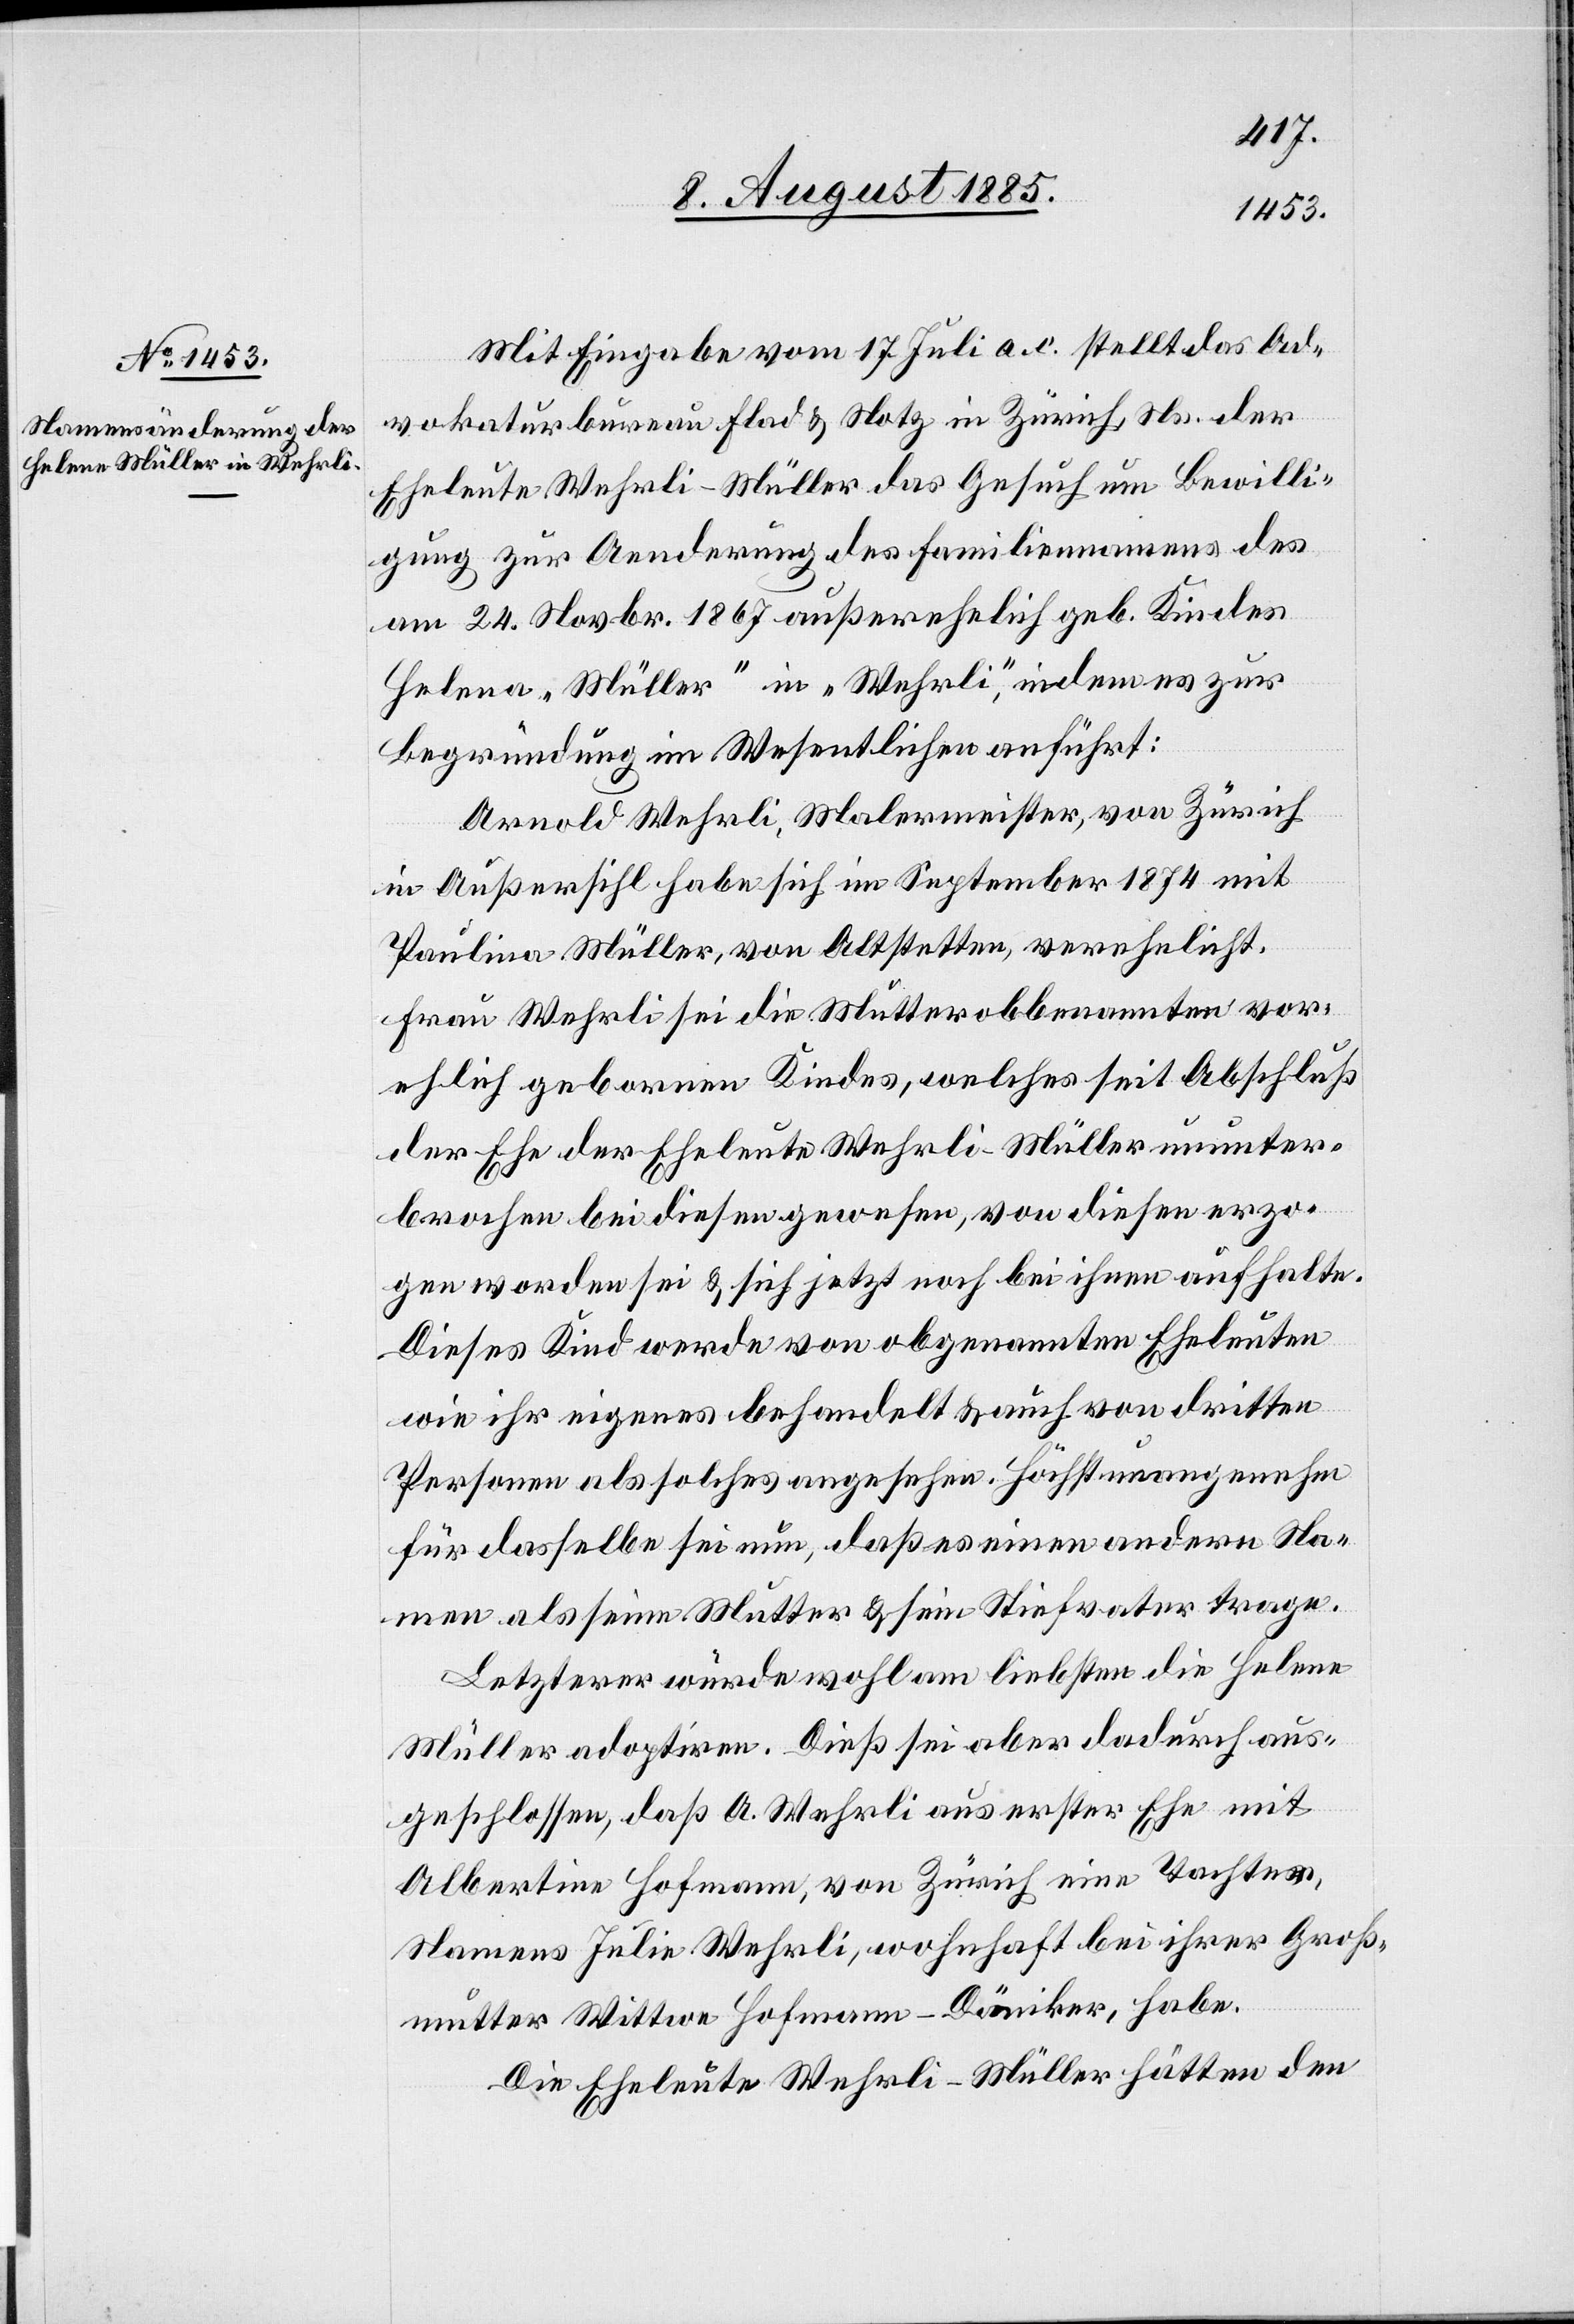
Mit Eingabe vom 17. Juli a. c. stellt das Ad¬
vokaturbureau Flad & Notz in Zürich, Ns. der
Eheleute Wehrli-Müller das Gesuch um Bewilli¬
gung zur Aenderung des Familiennamens des
am 24. Novbr. 1867 außerehelich geb. Kindes
Helena „Müller“ in „Wehrli“, indem es zur
Begründung im Wesentlichen anführt:
Arnold Wehrli, Malermeister, von Zürich
in Außersihl habe sich im September 1874 mit
Paulina Müller, von Altstetten, verehelicht.
Frau Wehrli sei die Mutter obbenannten vor¬
ehlich geborenen Kindes, welches seit Abschluß
der Ehe der Eheleute Wehrli-Müller ununter¬
brochen bei diesen gewesen, von diesen erzo¬
gen worden sei & sich jetzt noch bei ihnen aufhalte.
Dieses Kind werde von obgenannten Eheleuten
wie ihr eigenes behandelt & auch von dritten
Personen als solches angesehen. Höchst unangenehm
für dasselbe sei nun, daß es einen andern Na¬
men als seine Mutter & sein Stiefvater trage.
Letzterer würde wohl am liebsten die Helene
Müller adoptieren. Dieß sei aber dadurch aus¬
geschlossen, daß A. Wehrli aus erster Ehe mit
Albertine Hofmann, von Zürich eine Tochter
Namens Julie Wehrli, wohnhaft bei ihrer Groß¬
mutter Wittwe Hofmann-Däniker, habe.
Die Eheleute Wehrli-Müller hätten den